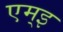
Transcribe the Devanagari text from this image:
एम्इ